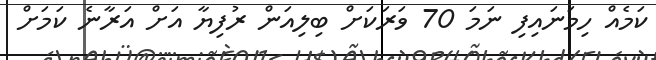
ކަމެއް ހިމަނައިފި ނަމަ 70 ވަރަކަށް ބިލިއަން ރުފިޔާ އަށް އަރާނެ ކަމަށް